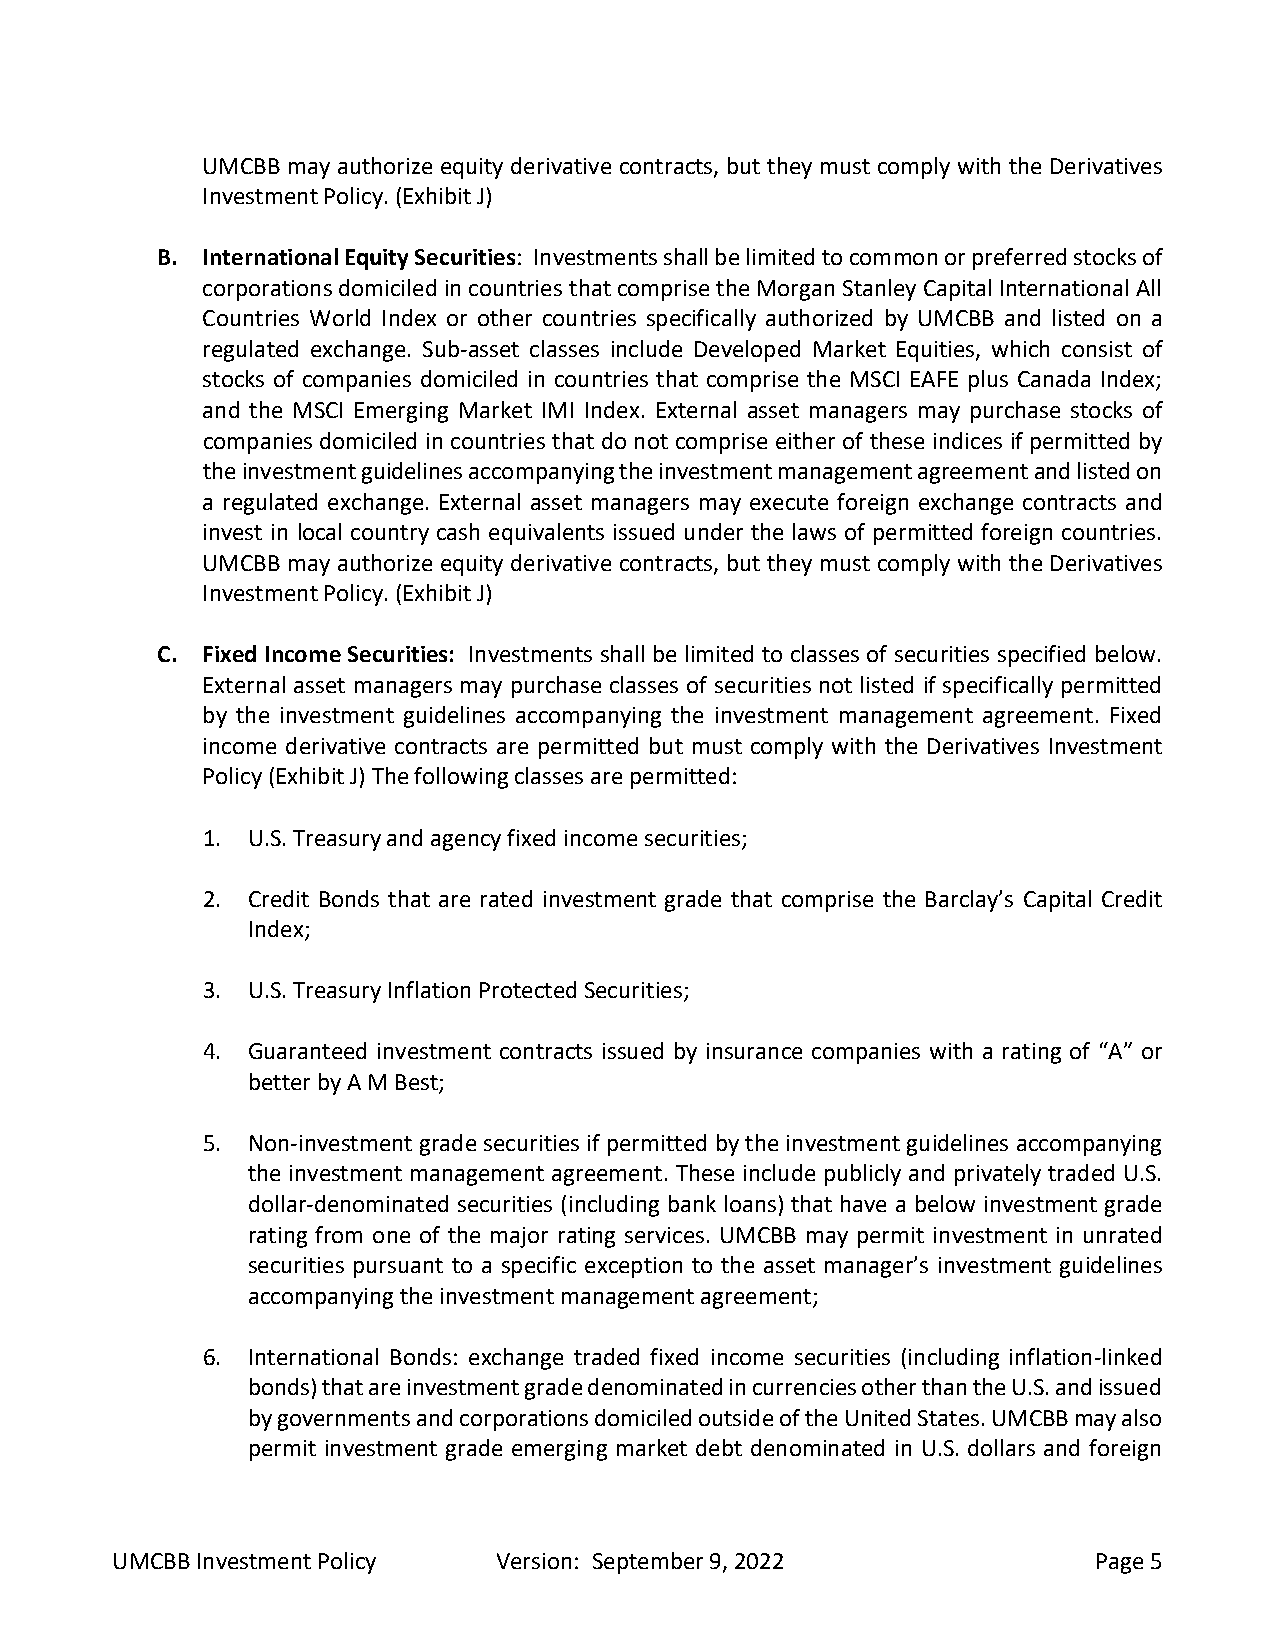
UMCBB may authorize equity derivative contracts, but they must comply with the Derivatives
 Investment Policy. (Exhibit J)
 B. International Equity Securities: Investments shall be limited to common or preferred stocks of
 corporations domiciled in countries that comprise the Morgan Stanley Capital International All
 Countries World Index or other countries specifically authorized by UMCBB and listed on a
 regulated exchange. Sub-asset classes include Developed Market Equities, which consist of
 stocks of companies domiciled in countries that comprise the MSCI EAFE plus Canada Index;
 and the MSCI Emerging Market IMI Index. External asset managers may purchase stocks of
 companies domiciled in countries that do not comprise either of these indices if permitted by
 the investment guidelines accompanying the investment management agreement and listed on
 a regulated exchange. External asset managers may execute foreign exchange contracts and
 invest in local country cash equivalents issued under the laws of permitted foreign countries.
 UMCBB may authorize equity derivative contracts, but they must comply with the Derivatives
 Investment Policy. (Exhibit J)
 C. Fixed Income Securities: Investments shall be limited to classes of securities specified below.
 External asset managers may purchase classes of securities not listed if specifically permitted
 by the investment guidelines accompanying the investment management agreement. Fixed
 income derivative contracts are permitted but must comply with the Derivatives Investment
 Policy (Exhibit J) The following classes are permitted:
 1. U.S. Treasury and agency fixed income securities;
 2. Credit Bonds that are rated investment grade that comprise the Barclay’s Capital Credit
 Index;
 3. U.S. Treasury Inflation Protected Securities;
 4. Guaranteed investment contracts issued by insurance companies with a rating of “A” or
 better by A M Best;
 5. Non-investment grade securities if permitted by the investment guidelines accompanying
 the investment management agreement. These include publicly and privately traded U.S.
 dollar-denominated securities (including bank loans) that have a below investment grade
 rating from one of the major rating services. UMCBB may permit investment in unrated
 securities pursuant to a specific exception to the asset manager’s investment guidelines
 accompanying the investment management agreement;
 6. International Bonds: exchange traded fixed income securities (including inflation-linked
 bonds) that are investment grade denominated in currencies other than the U.S. and issued
 by governments and corporations domiciled outside of the United States. UMCBB may also
 permit investment grade emerging market debt denominated in U.S. dollars and foreign
 UMCBB Investment Policy   Version: September 9, 2022              Page 5